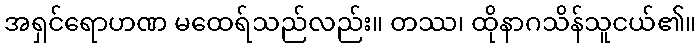
အရှင်ရောဟဏ မထေရ်သည်လည်း။ တဿ၊ ထိုနာဂသိန်သူငယ်၏။